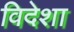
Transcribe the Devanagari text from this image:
विदेशा